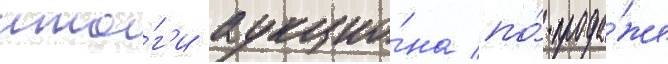
ито́г'и аукцио́на по́ прода́же